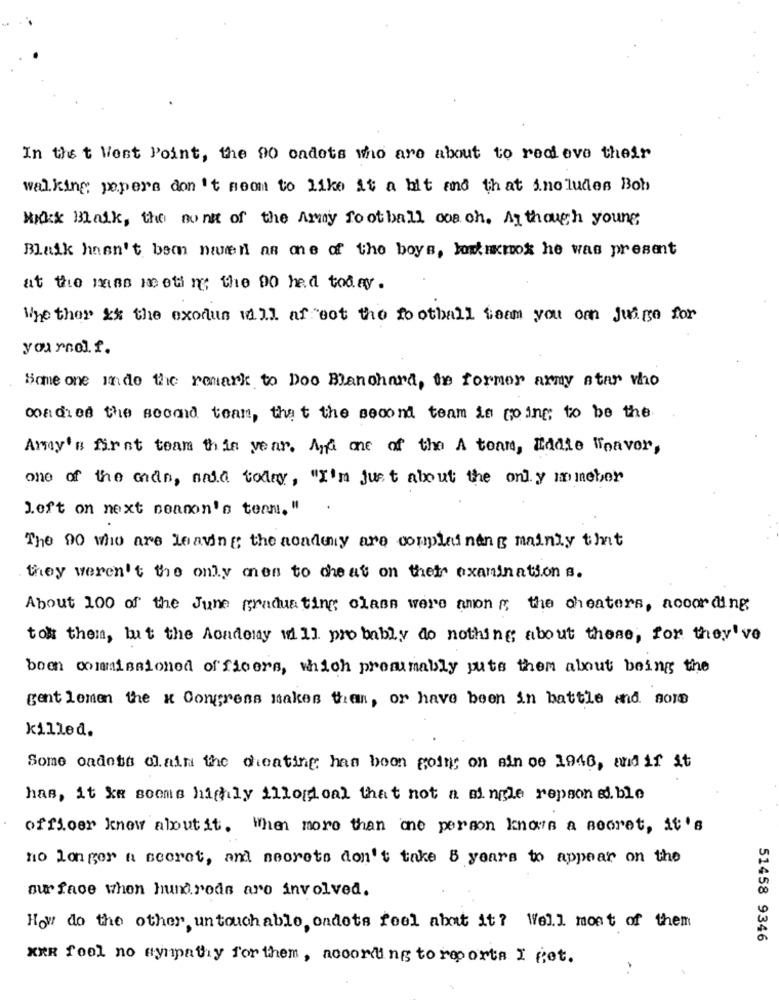
In the t West Point, the 90 ondets who are about to redi eve their
walking pepers don't meom to like it a bit and that includes Bob
Mikk Blaik, the nonit of the Army football coach. Ay though young
Blaik hasn't bem nwen as one of the boys, lowtumok he was present
at the mains meeting; the DO hed today .
Whe ther ** the exodus will af oot the football team you om judge for
yournol.f.
Some one inde the remark to Doo Blanchard, to former army star who
oa die the second team, that the second team is going; to be the
Amy's first team this year. And one of the A team, Eddie Weaver,
one of the ando, said today, "I'm Just about the only minebor
J.oft on next nonnon's team. "
The 90 who are leaving the academy are complaining mainly that
they weren't the only men to cheat on thets examination s.
About 100 of the June graduating class were among the cheaters, according
to them, but the Aondeny will probably do nothing about these, for they've
boon commissioned officers, which presumably puts them about being the
gentlemen the x Congress makes them, or have been in battle and some
killed.
Some cadets olain the cheating has been going on sin oe 1946, and if it
has, it ke sooms highly illogoal that not a single repson &i. ble
officer know aboutit. When more than one person knows a secret, it's
no longer a secret, and secrets don't take 5 years to appear on the
our face when hundreds are involved.
How do the other untouchable ondets feel about it ? Well most of them
51458 9346
XER fool no sympathy for them, according to reports I get.